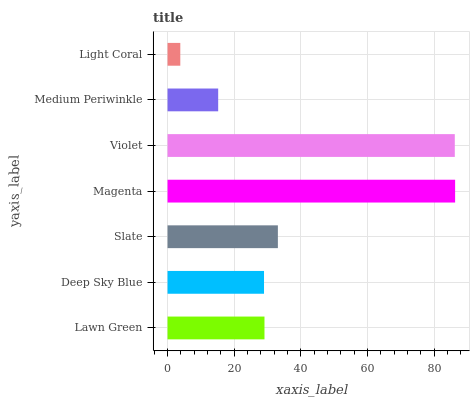
| yaxis_label | bars |
 | --- | --- |
 | Lawn Green | 29.1 |
 | Deep Sky Blue | 28.9 |
 | Slate | 33.1 |
 | Magenta | 86.3 |
 | Violet | 86.2 |
 | Medium Periwinkle | 15.2 |
 | Light Coral | 3.83 |